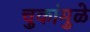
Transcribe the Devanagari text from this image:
चुकांमुळे